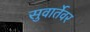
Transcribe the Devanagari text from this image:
सुवार्तेवर